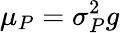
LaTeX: \mu_{P}=\sigma_{P}^{2}g